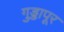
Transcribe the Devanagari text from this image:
गुड्डापूर